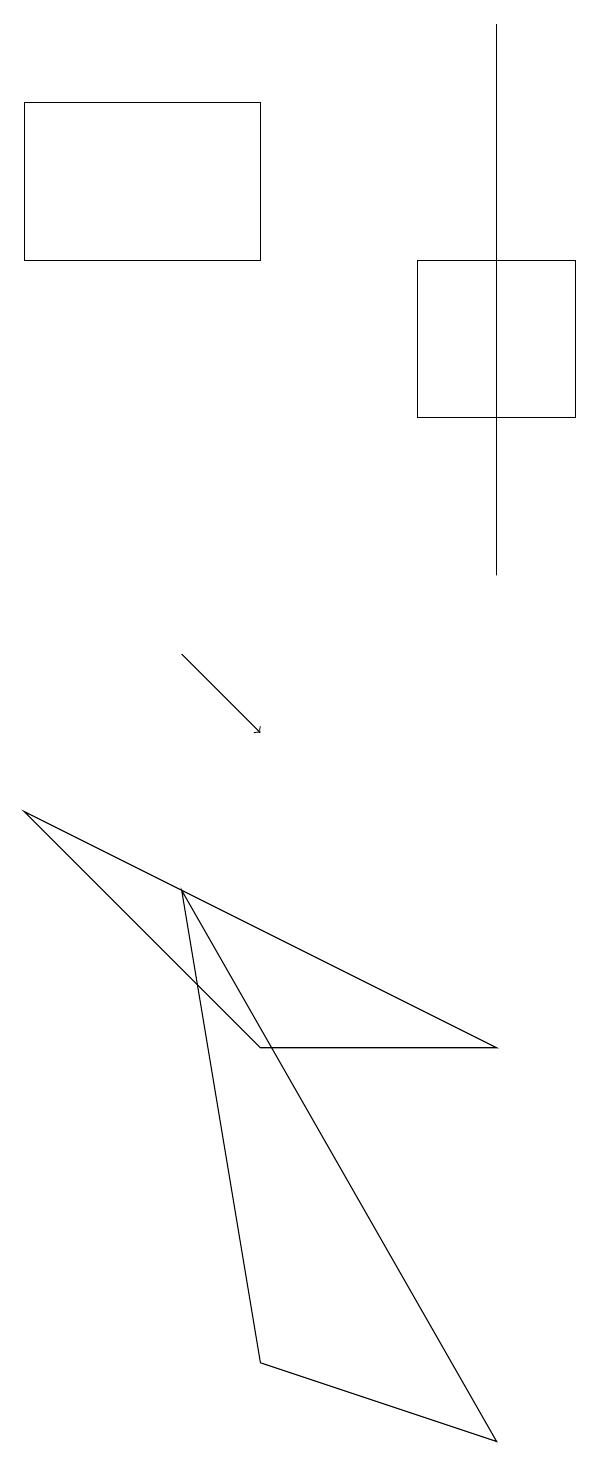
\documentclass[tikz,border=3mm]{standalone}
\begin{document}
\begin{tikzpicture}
\draw (4,2) -- (3,8) -- (7,1) -- cycle;
\draw[->] (3,11) -- (4,10);
\draw (1,9) -- (4,6) -- (7,6) -- cycle;
\draw (7,19) rectangle (7,12);
\draw (8,14) rectangle (6,16);
\draw (4,16) rectangle (1,18);
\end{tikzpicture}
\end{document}